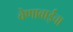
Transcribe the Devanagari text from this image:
वेणाबाईंचा